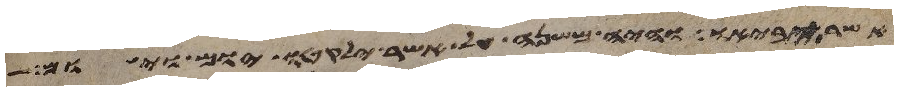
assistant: אשר יביאו והיה משנה על אשר ילקטו יום ויום